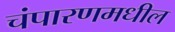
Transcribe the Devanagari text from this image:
चंपारणमधील